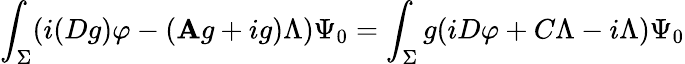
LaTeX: \int_{\Sigma}(i(Dg)\varphi-(\mathbf{A}g+ig)\Lambda)\Psi_{0}=\int_{\Sigma}g(iD\varphi+C\Lambda-i\Lambda)\Psi_{0}